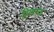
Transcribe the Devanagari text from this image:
द्विकारक